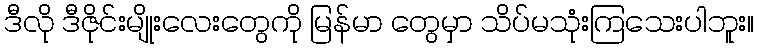
ဒီလို ဒီဇိုင်းမျိုးလေးတွေကို မြန်မာ တွေမှာ သိပ်မသုံးကြသေးပါဘူး။